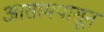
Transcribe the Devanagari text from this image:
आसामपासून